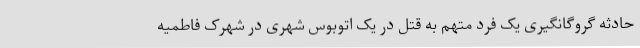
حادثه گروگانگیری یک فرد متهم به قتل در یک اتوبوس شهری در شهرک فاطمیه